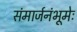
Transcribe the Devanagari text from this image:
संमार्जनंभूमेः